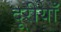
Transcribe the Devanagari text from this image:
दूरीयाँ